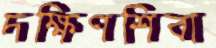
দক্ষিণশিবা